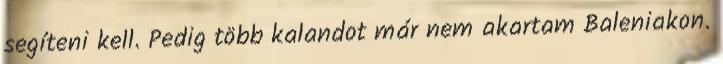
segíteni kell. Pedig több kalandot már nem akartam Baleniakon.